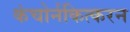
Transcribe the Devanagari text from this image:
कंचोर्नकित्करन